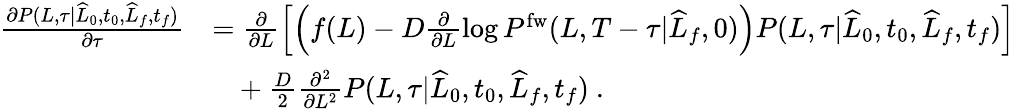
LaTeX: \begin{array}{rl}{\frac{\partial P(L,\tau|\widehat{L}_{0},t_{0},\widehat{L}_{f},t_{f})}{\partial\tau}}&{=\frac{\partial}{\partial L}\left[\left(f(L)-D\frac{\partial}{\partial L}\log P^{\mathrm{fw}}(L,T-\tau|\widehat{L}_{f},0)\right)P(L,\tau|\widehat{L}_{0},t_{0},\widehat{L}_{f},t_{f})\right]}\\ &{\ \ \ +\frac{D}{2}\frac{\partial^{2}}{\partial L^{2}}P(L,\tau|\widehat{L}_{0},t_{0},\widehat{L}_{f},t_{f})\ .}\end{array}